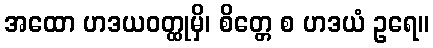
အထော ဟဒယဝတ္ထုမှိ၊ စိတ္တေ စ ဟဒယံ ဥရေ။